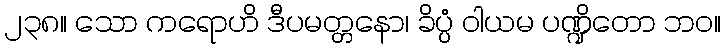
၂၃၈။ သော ကရောဟိ ဒီပမတ္တနော၊ ခိပ္ပံ ဝါယမ ပဏ္ဍိတော ဘဝ။